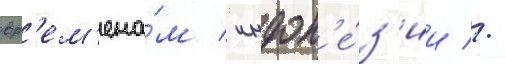
вр'ем'ена́м / индон'е́з'ии //